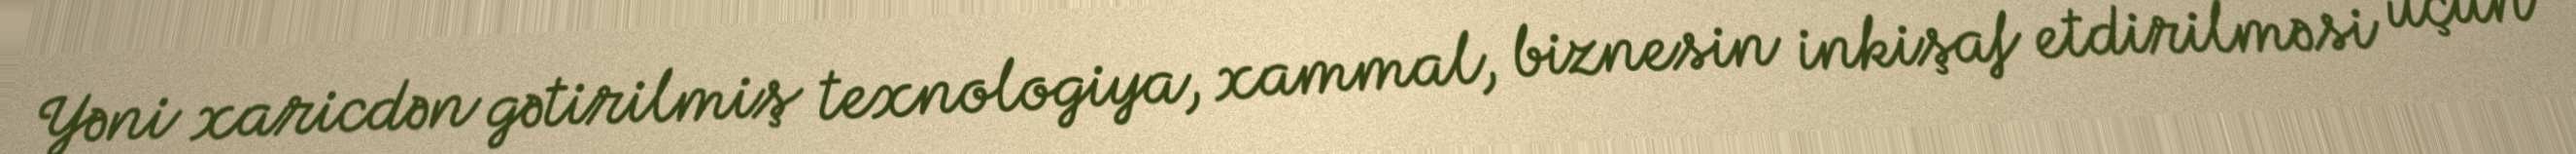
Yəni xaricdən gətirilmiş texnologiya, xammal, biznesin inkişaf etdirilməsi üçün